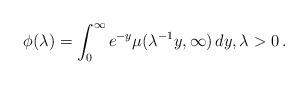
LaTeX: \begin{align*} \phi(\lambda)=\int_0^\infty e^{-y}\mu(\lambda^{-1}y,\infty)\,dy,\lambda>0\,. \end{align*}